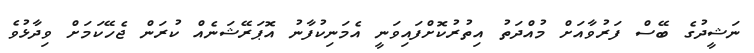
ނަޝީދުގެ ބޭސް ފަރުވާއަށް މުއްދަތު އިތުރުކޮށްފައިވަނީ އެމަނިކުފާނު އޮޕަރޭޝަނެއް ކުރަން ޖެހޭކަމަށް ވިދާޅުވެ